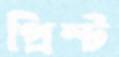
প্রিস্ট